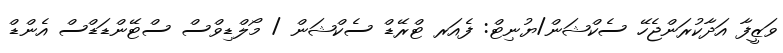
ވަޒީފާ އަދާކުރަންޖެހޭ ސެކްޝަން/ޔުނިޓް: ފެއަރ ޓްރޭޑް ސެކްޝަން / މޯލްޑިވްސް ސްޓޭންޑަޑްސް އެންޑް